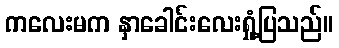
ကလေးမက နှာခေါင်းလေးရှုံ့ပြသည်။